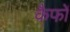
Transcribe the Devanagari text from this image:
कैफों